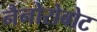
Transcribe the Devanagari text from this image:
नैनोरोबोट